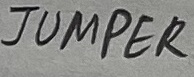
Text: JUMPER